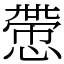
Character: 慸